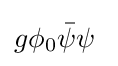
g\phi _{0}{\bar {\psi }}\psi ~